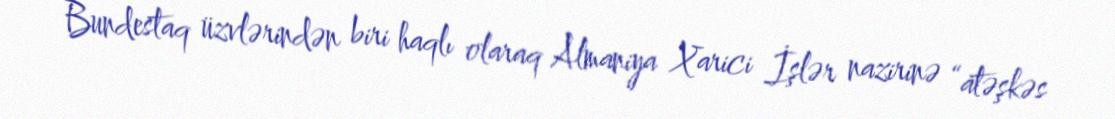
Bundestaq üzvlərindən biri haqlı olaraq Almaniya Xarici İşlər nazirinə “atəşkəs